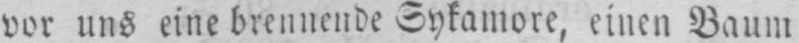
vor uns eine brennende Sykamore, einen Baum